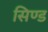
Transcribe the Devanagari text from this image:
सिण्ड